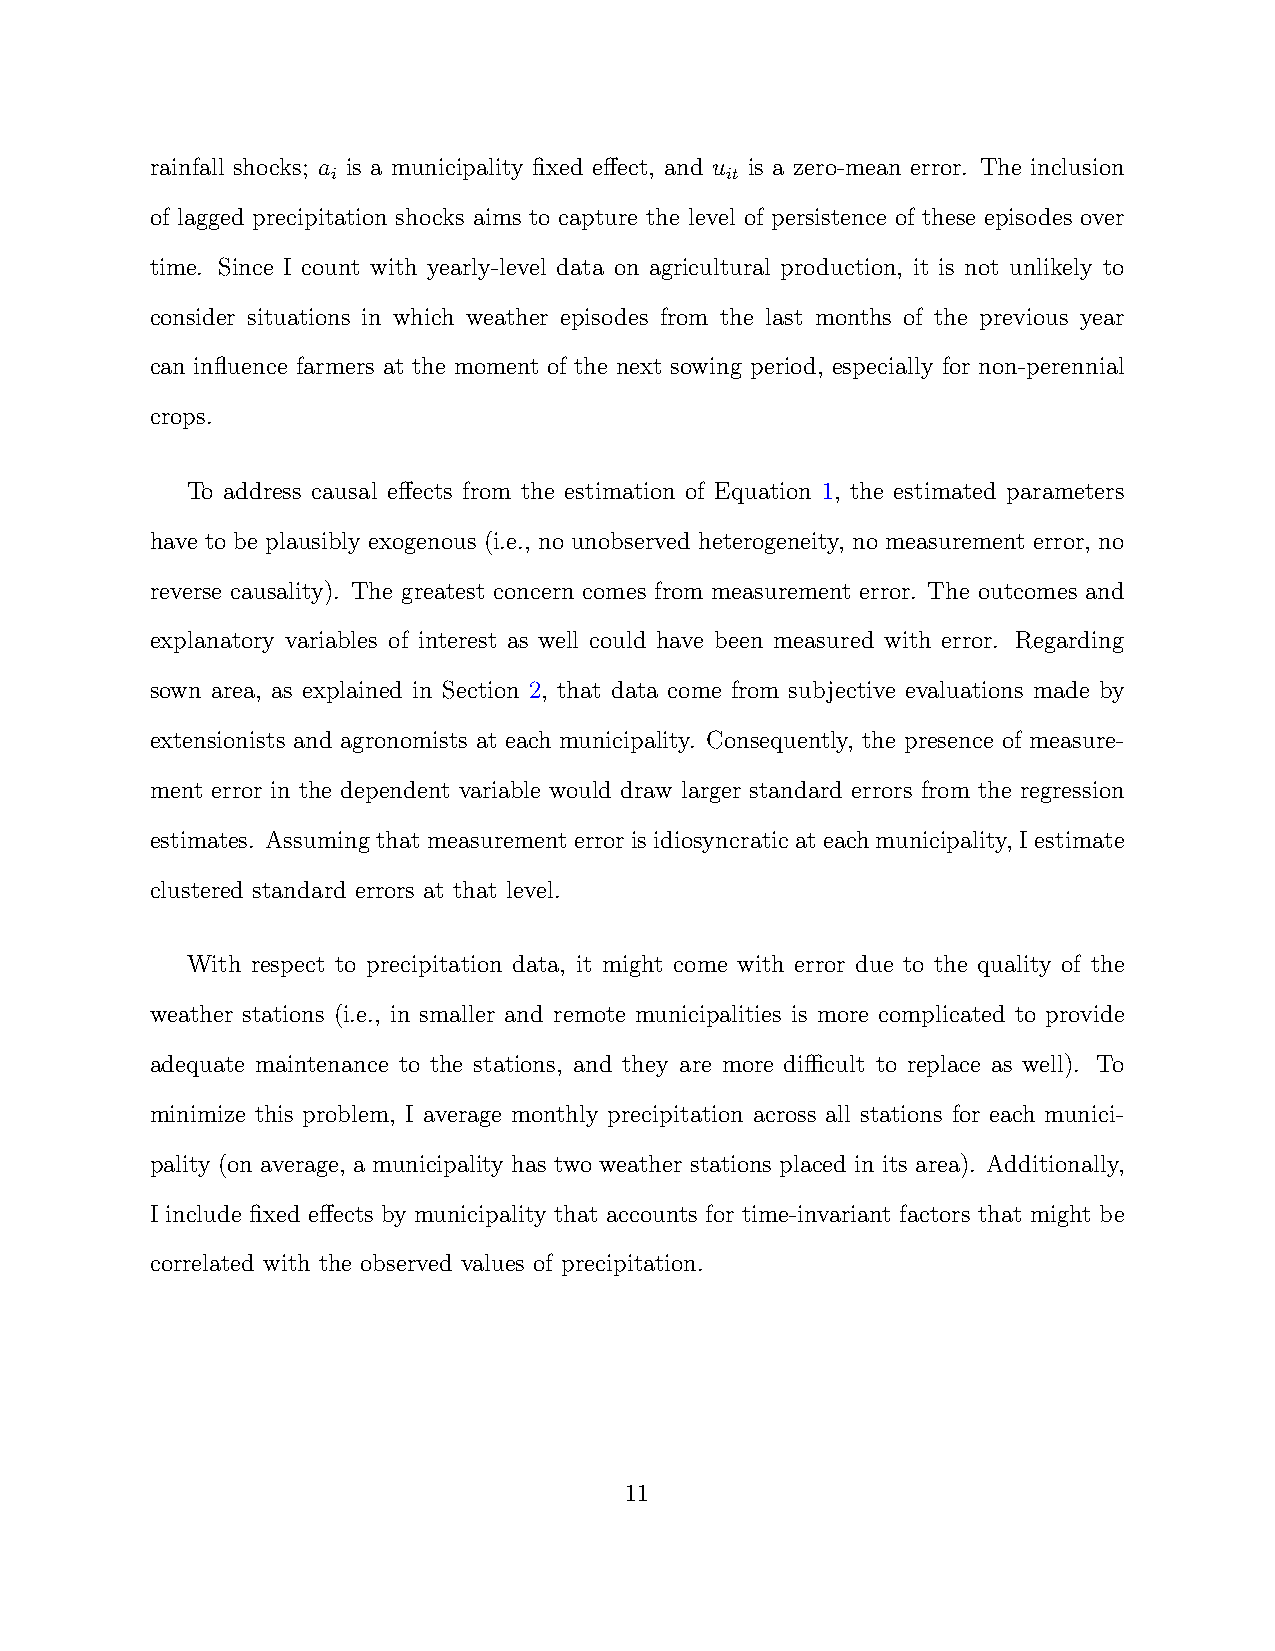
rainfall shocks; a is a municipality fixed effect, and u is a zero-mean error. The inclusion
 i                         it
 of lagged precipitation shocks aims to capture the level of persistence of these episodes over
 time. Since I count with yearly-level data on agricultural production, it is not unlikely to
 consider situations in which weather episodes from the last months of the previous year
 can influence farmers at the moment of the next sowing period, especially for non-perennial
 crops.
 To address causal effects from the estimation of Equation 1, the estimated parameters
 have to be plausibly exogenous (i.e., no unobserved heterogeneity, no measurement error, no
 reverse causality). The greatest concern comes from measurement error. The outcomes and
 explanatory variables of interest as well could have been measured with error. Regarding
 sown area, as explained in Section 2, that data come from subjective evaluations made by
 extensionists and agronomists at each municipality. Consequently, the presence of measure-
 ment error in the dependent variable would draw larger standard errors from the regression
 estimates. Assuming that measurement error is idiosyncratic at each municipality, I estimate
 clustered standard errors at that level.
 With respect to precipitation data, it might come with error due to the quality of the
 weather stations (i.e., in smaller and remote municipalities is more complicated to provide
 adequate maintenance to the stations, and they are more difficult to replace as well). To
 minimize this problem, I average monthly precipitation across all stations for each munici-
 pality (on average, a municipality has two weather stations placed in its area). Additionally,
 I include fixed effects by municipality that accounts for time-invariant factors that might be
 correlated with the observed values of precipitation.
 11